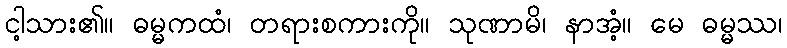
ငါ့သား၏။ ဓမ္မကထံ၊ တရားစကားကို။ သုဏာမိ၊ နာအံ့။ မေ ဓမ္မဿ၊